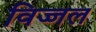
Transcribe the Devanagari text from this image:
विज्जल